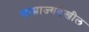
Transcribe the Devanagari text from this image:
साम्राज्यदेखील